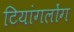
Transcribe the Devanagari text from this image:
टियांगलोंग